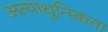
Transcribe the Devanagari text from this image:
अत्याधुनिकता